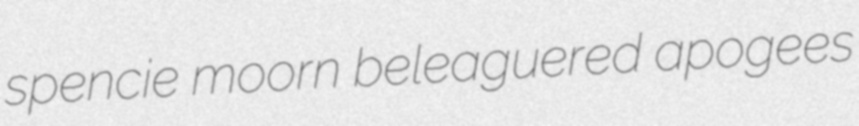
spencie moorn beleaguered apogees